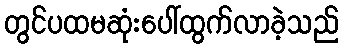
တွင်ပထမဆုံးပေါ်ထွက်လာခဲ့သည်